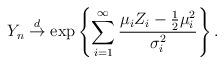
LaTeX: \begin{align*}Y_n \stackrel{d}{\to} \exp\left\{\sum_{i=1}^\infty \frac{\mu_i Z_i - \frac{1}{2}\mu_i^2}{\sigma_i^2}\right\}.\end{align*}